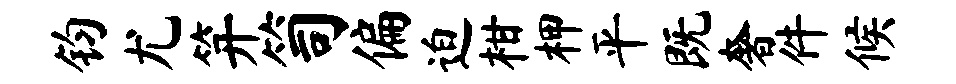
钧尤笄笥偏迫柑柙平既奢件候